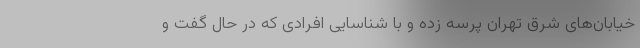
خیابان‌های شرق تهران پرسه زده و با شناسایی افرادی که در حال گفت و